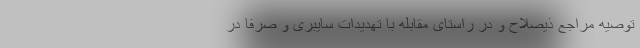
توصیه مراجع ذیصلاح و در راستای مقابله با تهدیدات سایبری و صرفا در